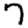
Digit: 7